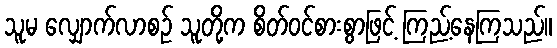
သူမ လျှောက်လာစဉ် သူတို့က စိတ်ဝင်စားစွာဖြင့် ကြည့်နေကြသည်။